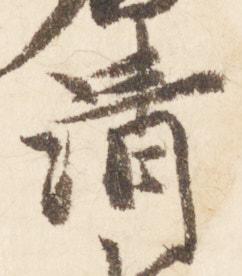
清